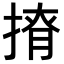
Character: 𢰒